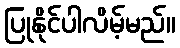
ပြုနိုင်ပါလိမ့်မည်။